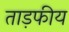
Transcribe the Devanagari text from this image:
ताड़फीय